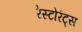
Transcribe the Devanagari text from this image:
रेस्टोरंट्स